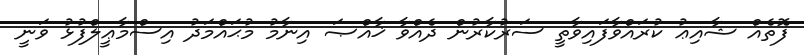
ފޮތެއް ޝާއިޢު ކުރައްވާފައިވާތީ ސަރުކާރުން ދެއްވާ ޚާއްޞަ އިނާމު މުޙައްމަދު އިސްމާޢީލްފުޅު ވަނީ